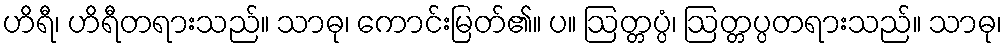
ဟိရီ၊ ဟိရီတရားသည်။ သာဓု၊ ကောင်းမြတ်၏။ ပ။ ဩတ္တပ္ပံ၊ ဩတ္တပ္ပတရားသည်။ သာဓု၊